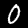
Label: 0